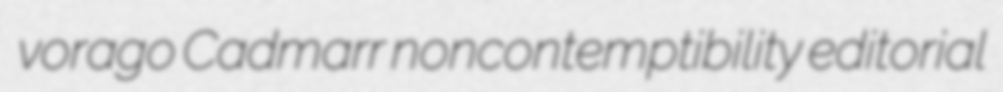
vorago Cadmarr noncontemptibility editorial